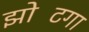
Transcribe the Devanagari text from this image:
झोटिंगा